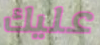
عليك